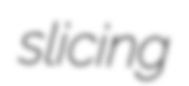
slicing